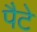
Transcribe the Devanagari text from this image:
पैटे